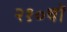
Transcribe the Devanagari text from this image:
२१०वॉ